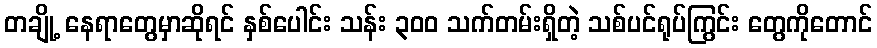
တချို့ နေရာတွေမှာဆိုရင် နှစ်ပေါင်း သန်း ၃၀၀ သက်တမ်းရှိတဲ့ သစ်ပင်ရုပ်ကြွင်း တွေကိုတောင်